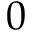
0